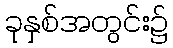
ခုနှစ်အတွင်း၌